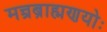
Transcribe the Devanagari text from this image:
मन्त्रब्राह्मणयोः